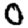
Digit: 0